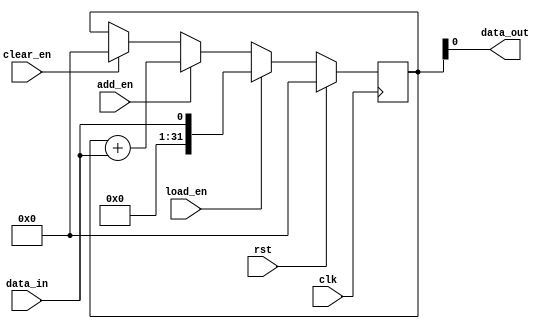
module accumulator (
    input wire clk,           // Clock signal
    input wire rst,           // Reset signal
    input wire load_en,       // Load enable signal
    input wire add_en,        // Add enable signal
    input wire clear_en,      // Clear enable signal
    input wire data_in,       // Input data signal
    output reg data_out       // Output data signal
);

reg [31:0] accumulator;       // Accumulator register

// Load data into the accumulator register
always @(posedge clk) begin
    if (rst) begin
        accumulator <= 32'h0;   // Reset accumulator to zero
    end else if (load_en) begin
        accumulator <= data_in; // Load data into accumulator
    end else if (add_en) begin
        accumulator <= accumulator + data_in;   // Add incoming data to accumulator
    end else if (clear_en) begin
        accumulator <= 32'h0;   // Clear accumulator to zero
    end
end

// Output accumulated result
assign data_out = accumulator;

endmodule